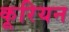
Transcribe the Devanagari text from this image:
कूरियन